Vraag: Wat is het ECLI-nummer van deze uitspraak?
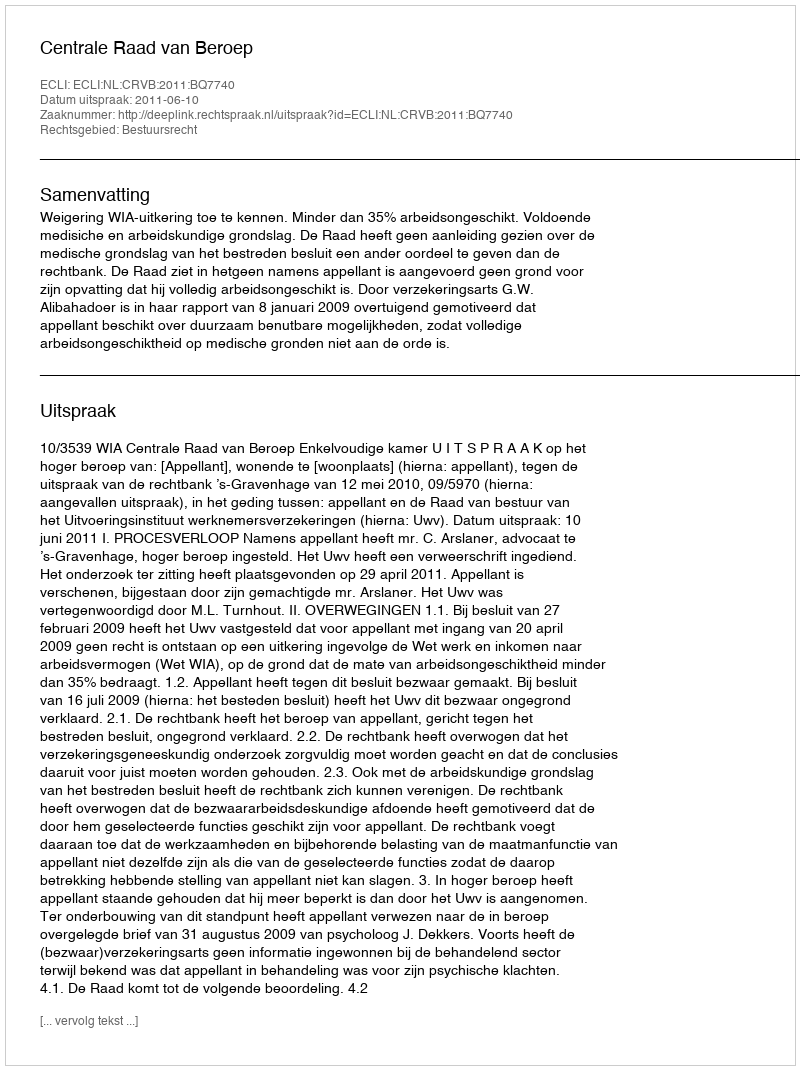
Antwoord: ECLI:NL:CRVB:2011:BQ7740